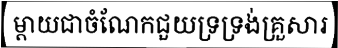
ម្តាយជាចំណែកជួយទ្រទ្រង់គ្រួសារ